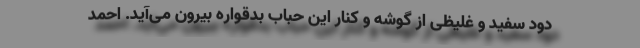
دود سفید و غلیظی از گوشه و کنار این حباب بد‌قواره بیرون می‌آید. احمد